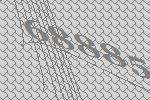
68885